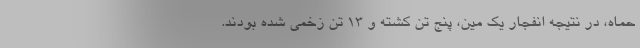
حماه، در نتیجه انفجار یک مین، پنج تن کشته و ۱۳ تن زخمی شده بودند.